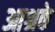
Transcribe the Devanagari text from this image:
आश्रके